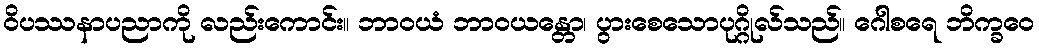
ဝိပဿနာပညာကို လည်းကောင်း။ ဘာဝယံ ဘာဝယန္တော၊ ပွားစေသောပုဂ္ဂိုလ်သည်။ ဂေါစရေ ဘိက္ခဝေ